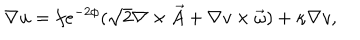
LaTeX: \nabla u = f e ^ { - 2 \phi } ( \sqrt { 2 } \nabla \times \vec { A } + \nabla v \times \vec { \omega } ) + \kappa \nabla v ,